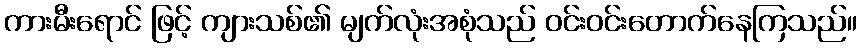
ကားမီးရောင် ဖြင့် ကျားသစ်၏ မျက်လုံးအစုံသည် ဝင်းဝင်းတောက်နေကြသည်။